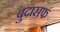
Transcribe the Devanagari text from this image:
बुदासफ